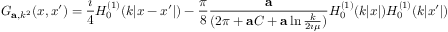
G _ { { \bf a } , k ^ { 2 } } ( x , x ^ { \prime } ) = { \frac { \imath } { 4 } } H _ { 0 } ^ { ( 1 ) } ( k | x - x ^ { \prime } | ) - { \frac { \pi } { 8 } } { \frac { \bf a } { ( 2 \pi + { \bf a } C + { \bf a } \ln { \frac { k } { 2 \imath \mu } } ) } } H _ { 0 } ^ { ( 1 ) } ( k | x | ) H _ { 0 } ^ { ( 1 ) } ( k | x ^ { \prime } | )